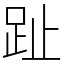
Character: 趾